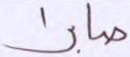
صابرا